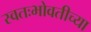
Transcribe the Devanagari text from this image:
स्वतःभोवतीच्या